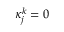
\kappa _ { j } ^ { k } = 0